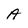
Character: A